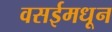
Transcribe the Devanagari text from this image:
वसईमधून